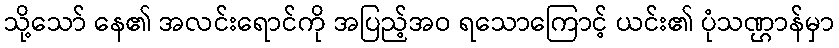
သို့သော် နေ၏ အလင်းရောင်ကို အပြည့်အဝ ရသောကြောင့် ယင်း၏ ပုံသဏ္ဌာန်မှာ